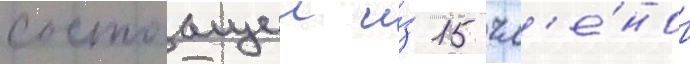
состоащии и́з 15 чл'е́нов